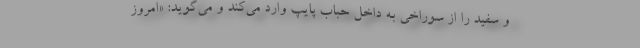
و سفید را از سوراخی به داخل حباب پایپ وارد می‌کند و می‌گوید: «امروز